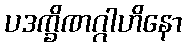
ပဒက္ခိဏဂ္ဂါဟိနော